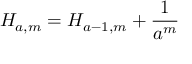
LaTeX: H _ { a , m } = H _ { a - 1 , m } + { \frac { 1 } { a ^ { m } } }